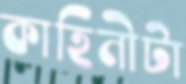
কাহিনীটা